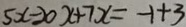
5 x - 2 0 x + 7 x = - 1 + 3